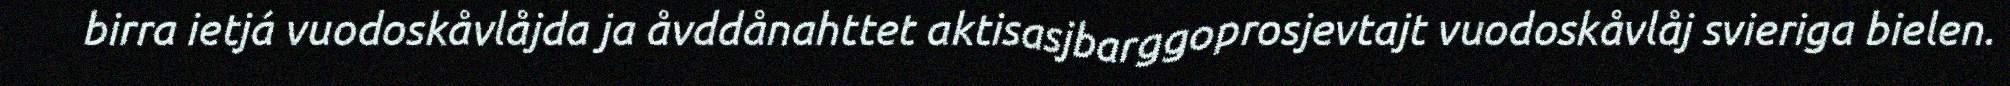
birra ietjá vuodoskåvlåjda ja åvddånahttet aktisasjbarggoprosjevtajt vuodoskåvlåj svieriga bielen.